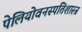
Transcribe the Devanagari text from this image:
पेलियोवनस्पतिशास्त्र